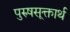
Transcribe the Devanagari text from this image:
पुरुषसूक्तार्थ